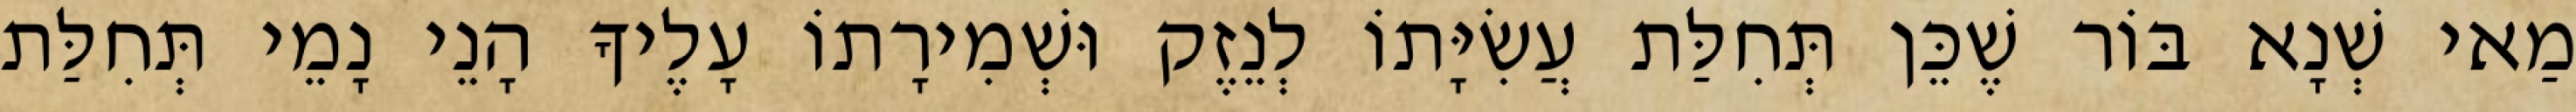
מַאי שְׁנָא בּוֹר שֶׁכֵּן תְּחִלַּת עֲשִׂיָּתוֹ לְנֵזֶק וּשְׁמִירָתוֹ עָלֶיךָ הָנֵי נָמֵי תְּחִלַּת